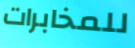
للمخابرات